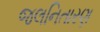
જલનિતારણ